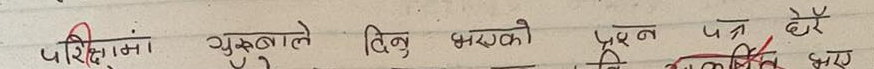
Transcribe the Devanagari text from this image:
परिक्षांनो गुरुबाले दिनु भएको प्रश्न पत्र धेरै